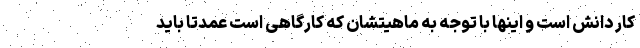
کار دانش است و اینها با توجه به ماهیتشان که کارگاهی است عمدتا باید